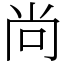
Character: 尚